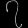
Digit: ၇